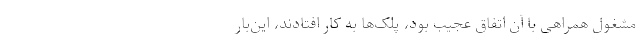
مشغول همراهی با آن اتفاق عجیب بود، پلک‌ها به کار افتادند، این‌بار